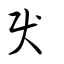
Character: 戾